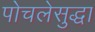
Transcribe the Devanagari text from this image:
पोचलेसुद्धा